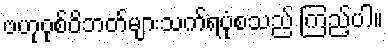
ဗဟုဝုစ်ဝိဘတ်များသက်ရပုံစသည် ကြည့်ပါ။